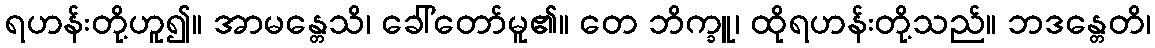
ရဟန်းတို့ဟူ၍။ အာမန္တေသိ၊ ခေါ်တော်မူ၏။ တေ ဘိက္ခူ၊ ထိုရဟန်းတို့သည်။ ဘဒန္တေတိ၊